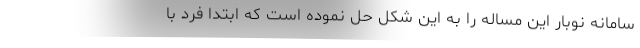
سامانه نوبار این مساله را به این شکل حل نموده است که ابتدا فرد با